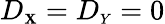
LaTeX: D_{\scriptscriptstyle{\mathbf{X}}}=D_{\scriptscriptstyle{Y}}=0